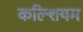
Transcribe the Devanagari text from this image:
कल्शियम